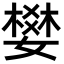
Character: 𡡴